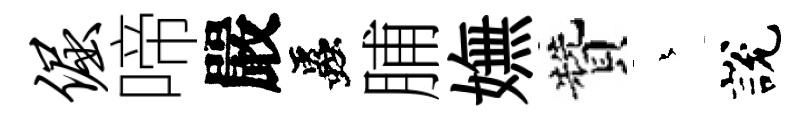
倔啼嚴蟲脯嫵贊蒼說